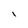
Character: I